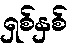
ရှစ်နှစ်